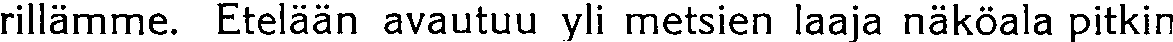
rillämme. Etelään avautuu yli metsien laaja näköala pitkin